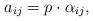
LaTeX: \begin{align*}a_{ij} = p \cdot \alpha_{ij},\end{align*}